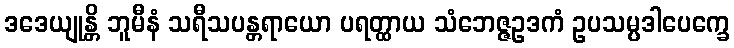
ဒဒေယျုန္တိ ဘူမီနံ သရီသပန္တရာယော ပရတ္ထာယ သံဘေဇ္ဇဥဒကံ ဥပသမ္ပဒါပေက္ခေ